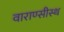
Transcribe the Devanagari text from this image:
वाराण्सीस्थ